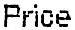
PRICE